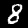
Label: 8